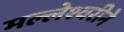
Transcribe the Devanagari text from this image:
मल्लेश्वरीने